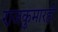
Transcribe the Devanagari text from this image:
राजकुमारही